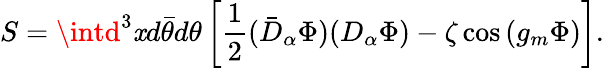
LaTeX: S=\intd^{3}\mathit{x}d\bar{{\theta}}d\theta\left[\frac{1}{2}(\bar{{D}}_{\alpha}\Phi)(D_{\alpha}\Phi)-\zeta\cos\left(g_{m}\Phi\right)\right].